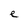
Character: e